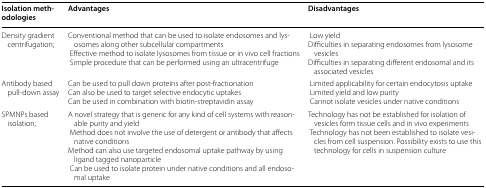
<table><thead><tr><td><b>Isolation methodologies</b></td><td><b>Advantages</b></td><td><b>Disadvantages</b></td></tr></thead><tbody><tr><td>Density gradient centrifugation;</td><td>Conventional method that can be used to isolate endosomes and lysosomes along other subcellular compartments Effective method to isolate lysosomes from tissue or in vivo cell fractions Simple procedure that can be performed using an ultracentrifuge</td><td> Low yieldDifficulties in separating endosomes from lysosome vesiclesDifficulties in separating different endosomal and its associated vesicles</td></tr><tr><td>Antibody based pull-down assay</td><td>Can be used to pull down proteins after post-fractionationCan also be used to target selective endocytic uptakesCan be used in combination with biotin-streptavidin assay</td><td> Limited applicability for certain endocytosis uptake Limited yield and low purity Cannot isolate vesicles under native conditions</td></tr><tr><td>SPMNPs based isolation;</td><td>A novel strategy that is generic for any kind of cell systems with reasonable purity and yield Method does not involve the use of detergent or antibody that affects native conditionsMethod can also use targeted endosomal uptake pathway by using ligand tagged nanoparticle Can be used to isolate protein under native conditions and all endosomal uptake</td><td>Technology has not be established for isolation of vesicles form tissue cells and in vivo experiments Technology has not been established to isolate vesicles from cell suspension. Possibility exists to use this technology for cells in suspension culture</td></tr></tbody></table>